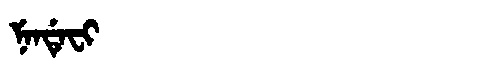
Manchu: ᠨᡝᠨᡩᡝᠸᡳ
Romanization: NENDEFI